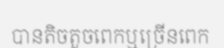
បានតិចតួចពេកឬច្រើនពេក